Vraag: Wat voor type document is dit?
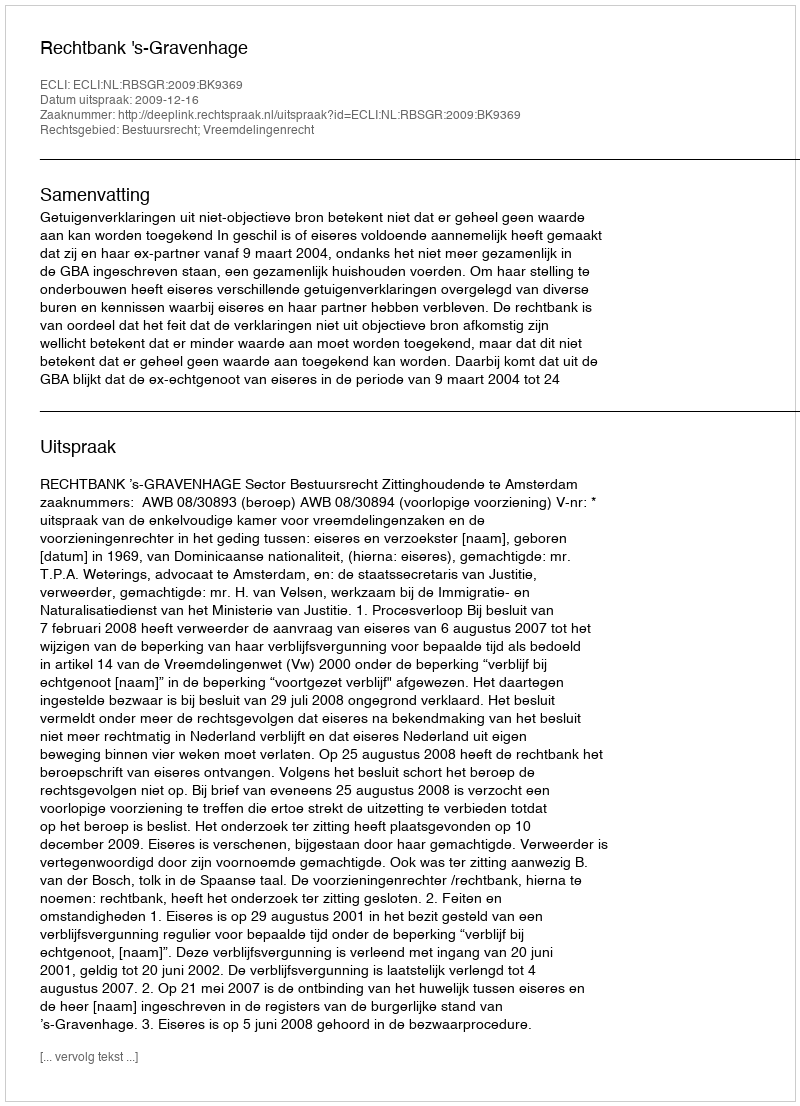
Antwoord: Uitspraak